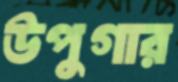
উপুগার